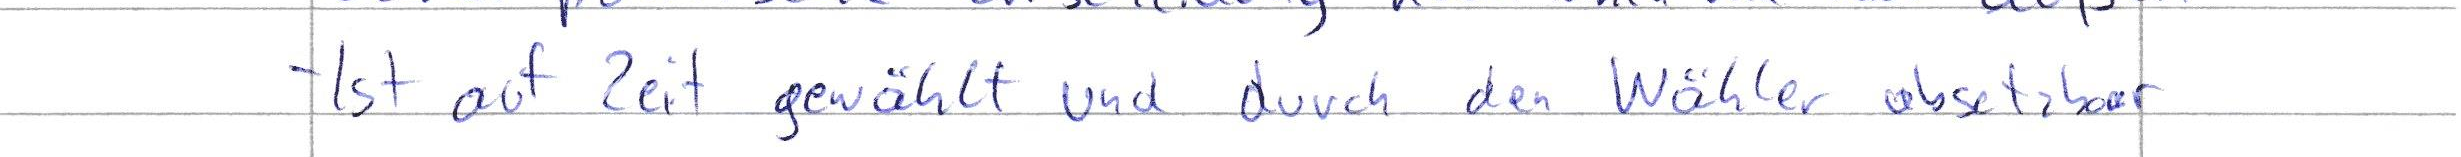
- Ist auf Zeit gewählt und durch den Wähler absetzbar